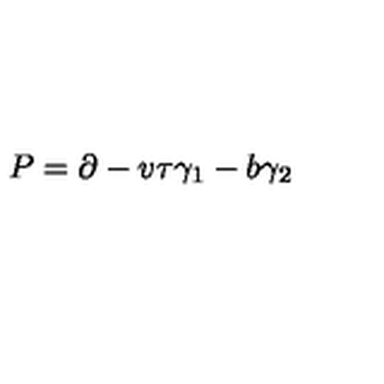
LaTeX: P = \partial - v \tau \gamma _ { 1 } - b \gamma _ { 2 }